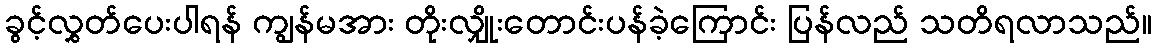
ခွင့်လွှတ်ပေးပါရန် ကျွန်မအား တိုးလျှိုးတောင်းပန်ခဲ့ကြောင်း ပြန်လည် သတိရလာသည်။